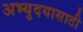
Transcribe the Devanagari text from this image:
अभ्युदयासाठी